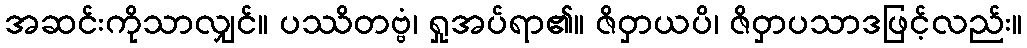
အဆင်းကိုသာလျှင်။ ပဿိတဗ္ဗံ၊ ရှုအပ်ရာ၏။ ဇိဝှာယပိ၊ ဇိဝှာပသာဒဖြင့်လည်း။